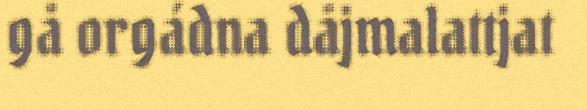
gå orgádna dåjmalattjat